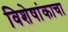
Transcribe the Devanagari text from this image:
विशेषांकाचा